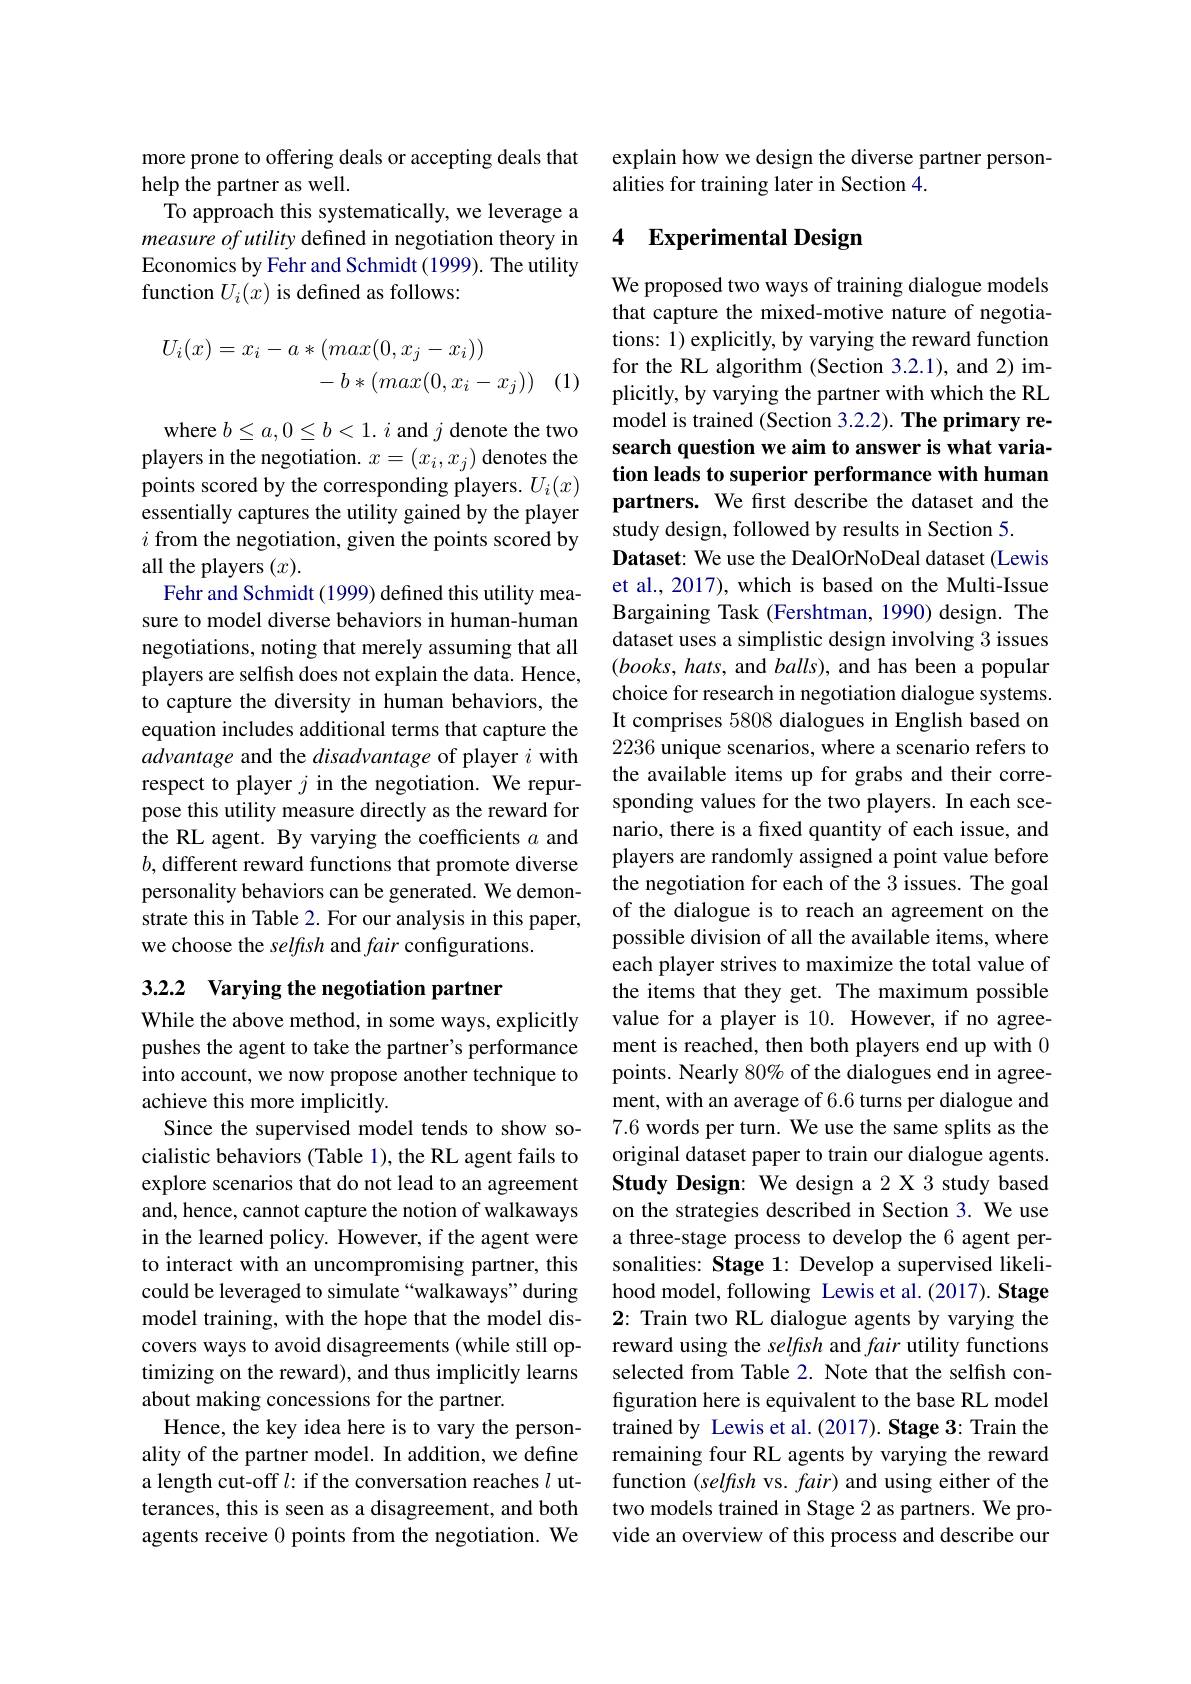
more prone to offering deals or accepting deals that
help the partner as well.
To approach this systematically, we leverage a measure of utility defined in negotiation theory in Economics by Fehr and Schmidt (1999). The utility function $U_i(x)$ is defined as follows:
$$\begin{aligned}U_{i}(x)=x_{i}-a*(max(0,x_{j}-x_{i}))\\&-b*(max(0,x_{i}-x_{j}))\end{aligned}$$
(1)

where $b\leq a,0\leq b<1.i$ and $j$ denote the two players in the negotiation. $x=(x_i,x_j)$ denotes the points scored by the corresponding players. $U_i(x)$ essentially captures the utility gained by the player $i$ from the negotiation, given the points scored by all the players $(x).$
Fehr and Schmidt (1999) defined this utility measure to model diverse behaviors in human-human negotiations, noting that merely assuming that all players are selfish does not explain the data. Hence, to capture the diversity in human behaviors, the equation includes additional terms that capture the advantage and the disadvantage of player $i$ with respect to player $j$ in the negotiation. We repurpose this utility measure directly as the reward for the RL agent. By varying the coefficients $a$ and $b$, different reward functions that promote diverse personality behaviors can be generated. We demonstrate this in Table 2. For our analysis in this paper, we choose the selfish and fair configurations.

## 3.2.2 Varying the negotiation partner

While the above method, in some ways, explicitly pushes the agent to take the partner's performance into account, we now propose another technique to achieve this more implicitly.
Since the supervised model tends to show socialistic behaviors (Table 1), the RL agent fails to explore scenarios that do not lead to agreement and, hence, cannot capture the notion of walkaways in the learned policy. However, if the agent were to interact with an uncompromising partner, this could be leveraged to simulate“walkaways” during model training, with the hope that the model discovers ways to avoid disagreements (while still optimizing on the reward), and thus implicitly learns about making concessions for the partner.
Hence, the key idea here is to vary the personality of the partner model. In addition, we define a length cut-off $l:$ if the conversation reaches $l$ utterances, this is seen as a disagreement, and both agents receive 0 points from the negotiation. We

explain how we design the diverse partner person-
alities for training later in Section 4.

## 4 Experimental Design

We proposed two ways of training dialogue models that capture the mixed-motive nature of negotiations: 1) explicitly, by varying the reward function for the RL algorithm (Section 3.2.1), and 2) implicitly, by varying the partner with which the RL model is trained (Section 3.2.2). The primary research question we aim to answer is what variation leads to superior performance with human partners. We first describe the dataset and the study design, followed by results in Section 5.
Dataset: We use the DealOrNoDeal dataset (Lewis et al., 2017), which is based on the Multi-Issue Bargaining Task (Fershtman, 1990) design. The dataset uses a simplistic design involving 3 issues $(books,hats$, and $balls)$, and has been a popular choice for research in negotiation dialogue systems. It comprises 5808 dialogues in English based on 2236 unique scenarios, where a scenario refers to the available items up for grabs and their corresponding values for the two players. In each scenario, there is a fixed quantity of each issue, and players are randomly assigned a point value before the negotiation for each of the 3 issues. The goal of the dialogue is to reach an agreement on the possible division of all the available items, where each player strives to maximize the total value of the items that they get. The maximum possible value for a player is 10. However, if no agreement is reached, then both players end up with 0 points. Nearly 80% of the dialogues end in agreement, with an average of 6.6 turns per dialogue and 7.6 words per turn. We use the same splits as the original dataset paper to train our dialogue agents. Study Design: We design a 2 X 3 study based on the strategies described in Section 3. We use a three-stage process to develop the 6 agent personalities: Stage 1: Develop a supervised likelihood model, following Lewis et al.(2017). Stage 2: Train two RL dialogue agents by varying the reward using the selfish and fair utility functions selected from Table 2. Note that the selfish configuration here is equivalent to the base RL model trained by Lewis et al.(2017). Stage 3: Train the remaining four RL agents by varying the reward function (selfish vs. fair) and using either of the two models trained in Stage 2 as partners. We provide an overview of this process and describe our